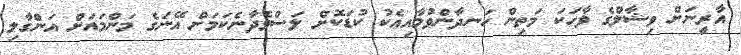
އާރީނަށް ވިޝާލްގެ ވާހަކަ މަތިން ހަނދާންވުމާއިއެކު ކުޑަކޮށް ލަސްވެދާނެކަމަށް އޭނަގެ މަންމައަށް އަންގާލި